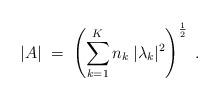
LaTeX: \begin{align*}|A| \;=\; \left( \sum_{k=1}^K n_k \:|\lambda_k|^2 \right)^{\frac{1}{2}}\;.\end{align*}